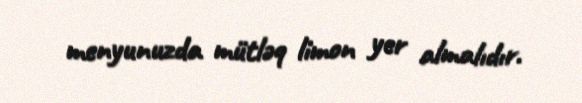
menyunuzda mütləq limon yer almalıdır.